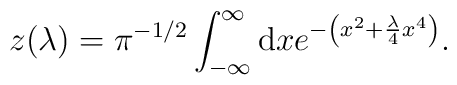
z (\lambda) = \pi^{-1/2} \int_{- \infty}^{\infty} {\rm d} x    e^{ - \left(  x^2 +  {\lambda \over 4} x^4 \right)  }.